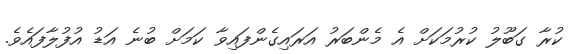
ކުރާ ގަބޫލު ކުރުމަކަށް އެ މެންބަރު އަރައިގެންފައިވާ ކަމަށް ބުނެ އަޑު އުފުލާފައެވެ.